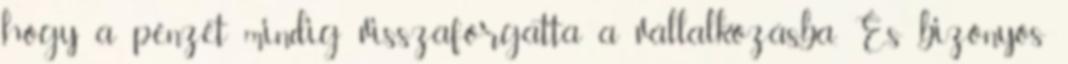
hogy a pénzét mindig visszaforgatta a vállalkozásba. És bizonyos